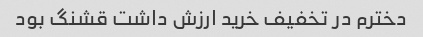
دخترم در تخفیف خرید ارزش داشت قشنگ بود